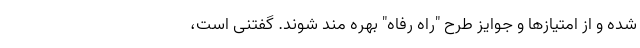
شده و از امتیازها و جوایز طرح "راه رفاه" بهره مند شوند. گفتنی است،